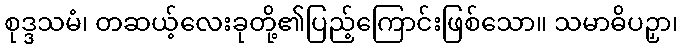
စုဒ္ဒသမံ၊ တဆယ့်လေးခုတို့၏ပြည့်ကြောင်းဖြစ်သော။ သမာဓိပဉှာ၊